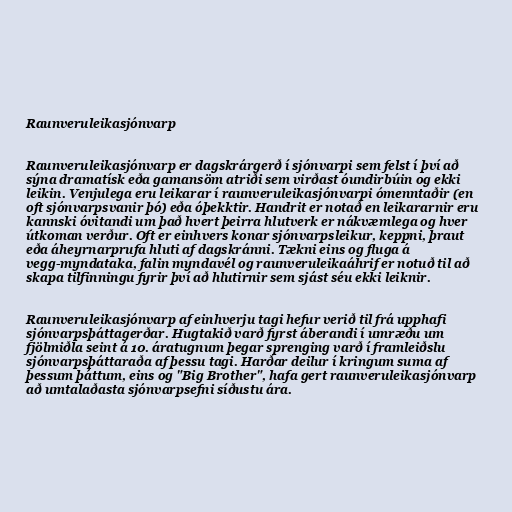
Raunveruleikasjónvarp

Raunveruleikasjónvarp er dagskrárgerð í sjónvarpi sem felst í því að
sýna dramatísk eða gamansöm atriði sem virðast óundirbúin og ekki
leikin. Venjulega eru leikarar í raunveruleikasjónvarpi ómenntaðir (en
oft sjónvarpsvanir þó) eða óþekktir. Handrit er notað en leikararnir eru
kannski óvitandi um það hvert þeirra hlutverk er nákvæmlega og hver
útkoman verður. Oft er einhvers konar sjónvarpsleikur, keppni, þraut
eða áheyrnarprufa hluti af dagskránni. Tækni eins og fluga á
vegg-myndataka, falin myndavél og raunveruleikaáhrif er notuð til að
skapa tilfinningu fyrir því að hlutirnir sem sjást séu ekki leiknir.

Raunveruleikasjónvarp af einhverju tagi hefur verið til frá upphafi
sjónvarpsþáttagerðar. Hugtakið varð fyrst áberandi í umræðu um
fjölmiðla seint á 10. áratugnum þegar sprenging varð í framleiðslu
sjónvarpsþáttaraða af þessu tagi. Harðar deilur í kringum suma af
þessum þáttum, eins og "Big Brother", hafa gert raunveruleikasjónvarp
að umtalaðasta sjónvarpsefni síðustu ára.